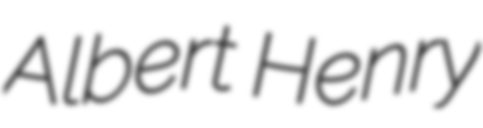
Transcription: Albert Henry